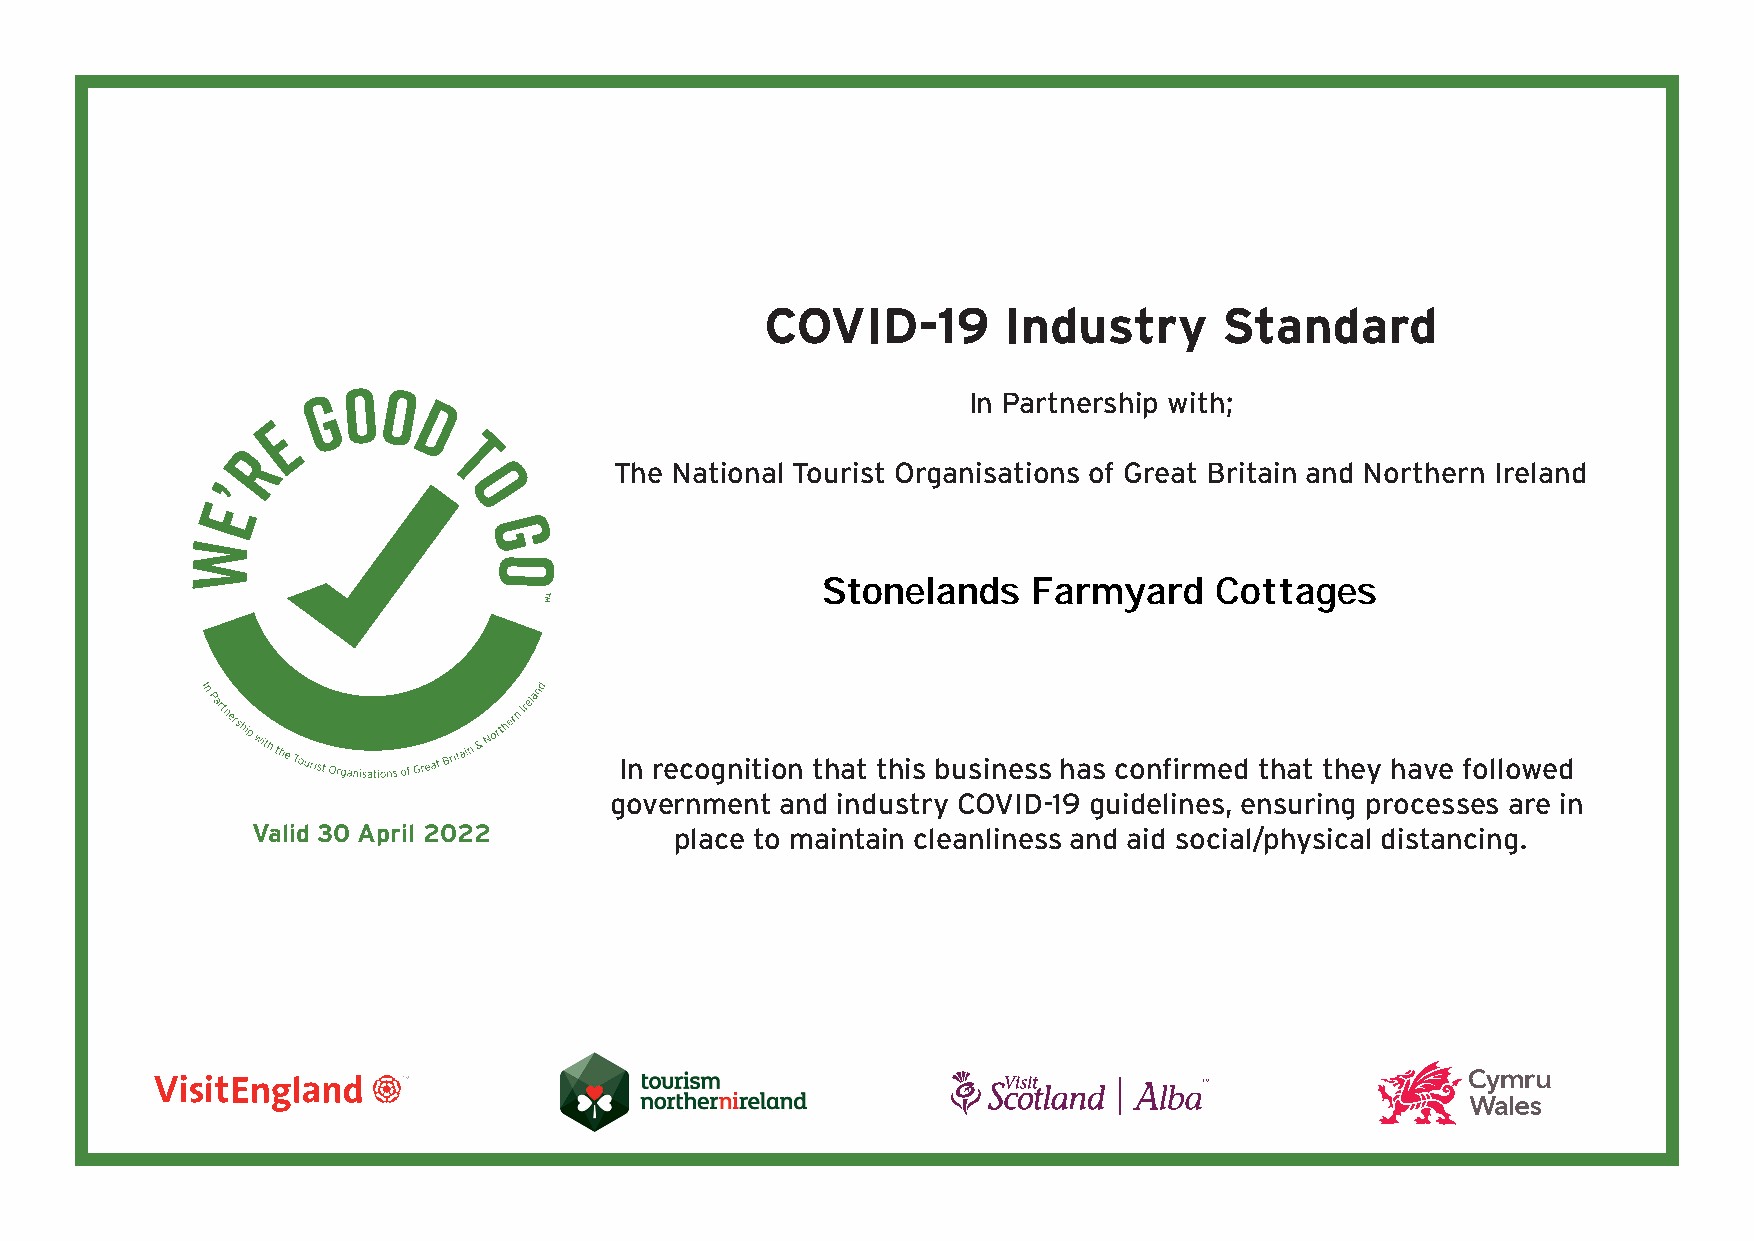
COVID-19       Industry       Standard
 In Partnership with;
 The National Tourist Organisations of Great Britain and Northern Ireland
 Stonelands    Farmyard    Cottages
 In recognition that this business has confirmed that they have followed
 government  and industry COVID-19 guidelines, ensuring processes are in
 Valid 30 April 2022         place to maintain cleanliness and aid social/physical distancing.